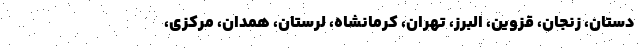
دستان، زنجان، قزوین، البرز، تهران، کرمانشاه، لرستان، همدان، مرکزی،